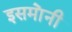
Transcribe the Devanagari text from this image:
इसमा॓नी